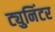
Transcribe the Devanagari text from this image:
ट्युनिंटर